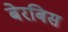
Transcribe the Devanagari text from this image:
बेरबिस